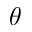
\theta